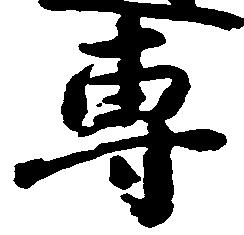
専